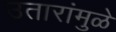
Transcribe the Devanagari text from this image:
उतारांमुळे